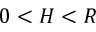
0 < H < R